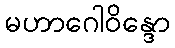
မဟာဂေါဝိန္ဒော